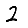
Digit: 2